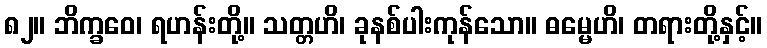
၈၂။ ဘိက္ခဝေ၊ ရဟန်းတို့။ သတ္တဟိ၊ ခုနစ်ပါးကုန်သော။ ဓမ္မေဟိ၊ တရားတို့နှင့်။